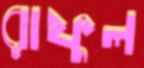
রাফুল